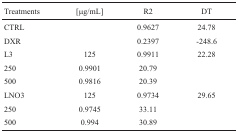
| Treatments | [μg/mL] | R2 | DT |
 | --- | --- | --- | --- |
 | CTRL |  | 0.9627 | 24.78 |
 | DXR |  | 0.2397 | -248.6 |
 | L3 | 125 | 0.9911 | 22.28 |
 | 250 | 0.9901 | 20.79 |  |
 | 500 | 0.9816 | 20.39 |  |
 | LNO3 | 125 | 0.9734 | 29.65 |
 | 250 | 0.9745 | 33.11 |  |
 | 500 | 0.994 | 30.89 |  |